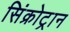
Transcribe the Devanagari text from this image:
सिंक्रोट्रान